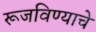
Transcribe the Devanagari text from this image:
रूजविण्याचे